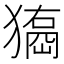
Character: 𤢃